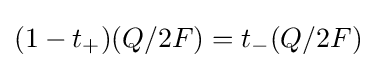
(1-t_{+})(Q/2F)=t_{-}(Q/2F)